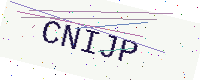
Text: CNIJP